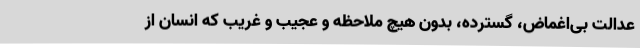
عدالت بی‌اغماض، گسترده، بدون هیچ ملاحظه و عجیب و غریب که انسان از